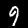
Label: 9